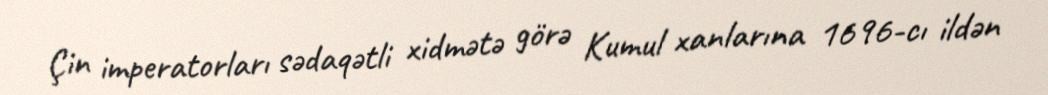
Çin imperatorları sədaqətli xidmətə görə Kumul xanlarına 1696-cı ildən